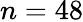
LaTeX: n=48